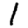
Digit: 1